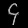
Digit: ၄